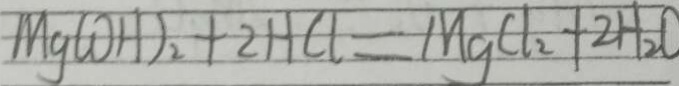
M g ( O H ) _ { 2 } + 2 H C l = M g C l _ { 2 } + 2 H _ { 2 } O